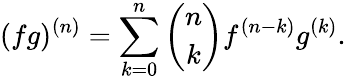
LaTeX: (fg)^{(n)}=\sum_{k=0}^{n}{\binom{n}{k}}f^{(n-k)}g^{(k)}.